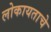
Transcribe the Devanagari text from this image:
लोकायताचे